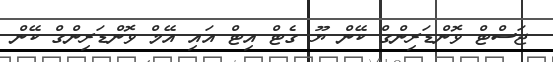
ޖަސްޓް ވޮންޑަރިންގް ކޭން ޔޫ ގެޓް އިޓް އައި އޭމް ވޮންޑަރިންގް ކޭން